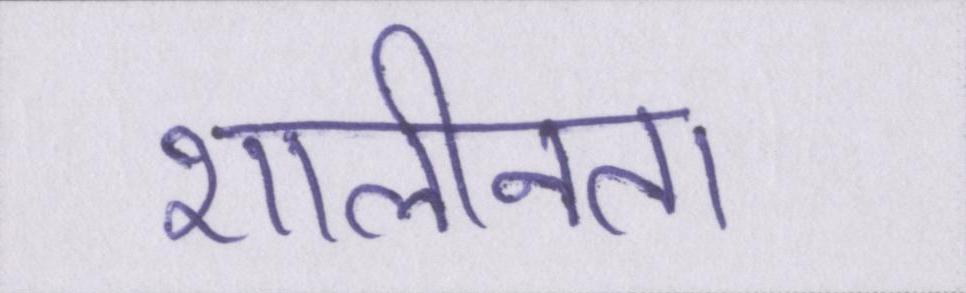
शालीनता